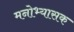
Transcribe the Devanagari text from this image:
मनोभ्यासक